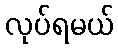
လုပ်ရမယ်